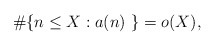
\begin{align*}\#\{n\leq X: a(n)\ \}=o(X),\end{align*}